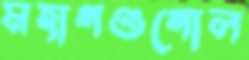
মহাগণ্ডগোল